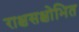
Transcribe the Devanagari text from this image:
राक्षसक्षोभित